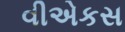
વીએકસ